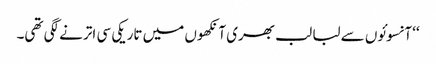
‘‘ آنسوئوں سے لبا لب بھری آنکھوں میں تاریکی سی اترنے لگی تھی۔